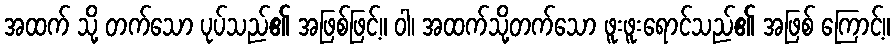
အထက် သို့ တက်သော ပုပ်သည်၏ အဖြစ်ဖြင့်။ ဝါ၊ အထက်သို့တက်သော ဖူးဖူးရောင်သည်၏ အဖြစ် ကြောင့်။